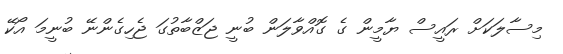
މިސާލަކަށް ރައީސް ޔާމީން ގެ ގޮއްވާލަން ބުނީ ޖަޒްބާތުގަ ޖެހިގެންނޭ ބުނީމަ އޯކޭ